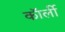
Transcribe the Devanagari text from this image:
कॉर्ली